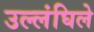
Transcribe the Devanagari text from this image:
उल्लंघिले